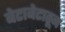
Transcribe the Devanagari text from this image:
बेटाबेटातून